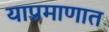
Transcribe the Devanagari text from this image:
याप्रमाणात